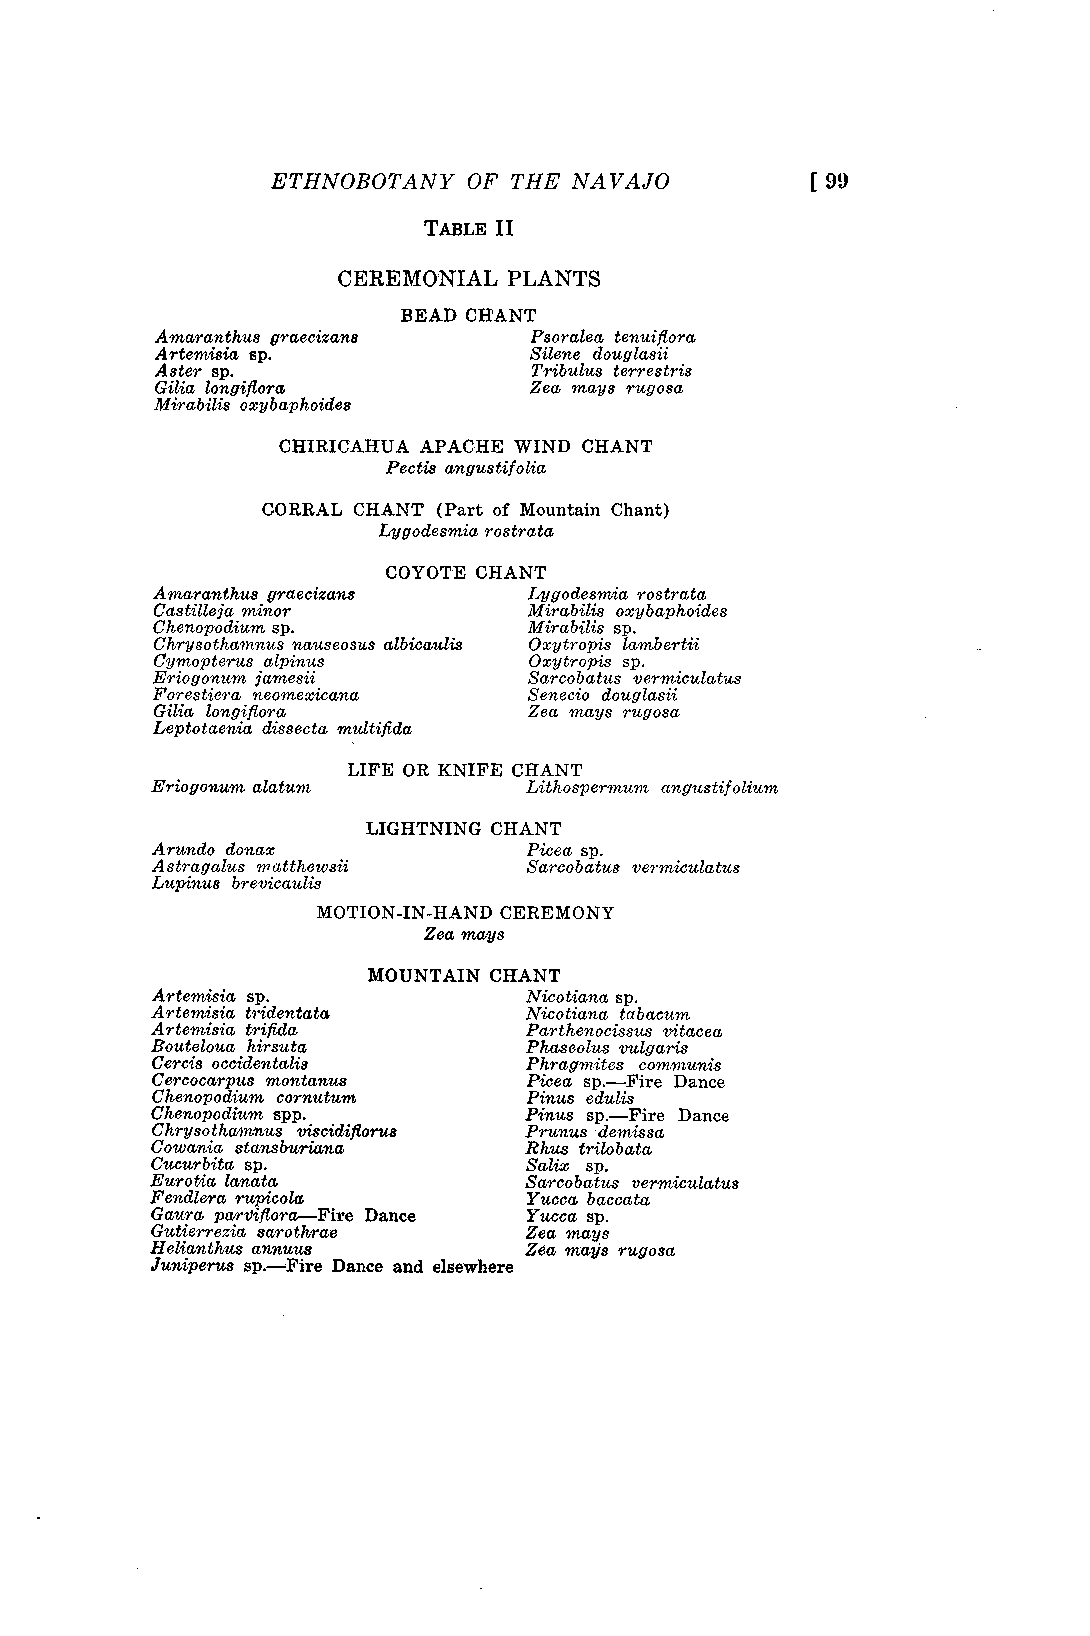
ETHNOBOTANY  OF THE NAVAJO          [ 99
 TABLE II
 CEREMONIAL  PLANTS
 BEAD CHANT
 Amaranthus graecizans    Psoralea tenuiflora
 Artemisia S.             Silens douglasii
 Aster sp.                Tribulus terres tris
 Gilia longifiora         Zea mays rugosa
 Mirabilis oxybaphoides
 CHIRICAHUA APACHE WIND CHANT
 Pectis angustifolia
 CORRAL CHANT (Part of Mountain Chant)
 Lygodesmia rostrata
 COYOTE CHANT
 Amaranth,us graecizans   Lygodesmia rostrata
 Castilleja minor         Mirabilis oxybaphoides
 Chenopodium sp.          Mirabilis sp.
 Chrysothamnus nauseosus albicau,lis Oxytropis lambertii
 Cymopterus alpinus       Oxytropis sp.
 Eriogonum jamesii        Sarcobatus vermiculatus
 Fores tiera neomexicana  Senecio douglasii
 Gilia longiflora         Zea mays rugosa
 Leptotaenia dissecta multifida
 LIFE OR KNIFE CHANT
 Eriogonum alatum         Lithospermum angustifolium
 LIGHTNING CHANT
 Arundo donax             Picea sp.
 A strag alus rn atth,e wsii Sarcobatus vermicula tus
 Lupinus brevicaulis
 MOTION-IN-HAND CEREMONY
 Zea mays
 MOUNTAIN CHANT
 Artemisia sp.            Nicotiana sp.
 Artemisia tridentata     Ni,cotiana tabacum
 Artemisia trifida        Part henocissus vitacea
 Boute loua hirsuta       Ph,aseolus vulgaris
 Cercis occidentalis      Phragmites communis
 Cercocarpus montanus     Picea sp.—Fire Dance
 Chenopodium cornutum     Pinus edulis
 Chenopodium spp.         Pinus sp.—Fire Dance
 Chrysothamnus viscidiflorus Prunus demissa
 Cowania stansburiana     Rhus trilobata
 Cucurbita sp.            Salix sp.
 Eurotia lanata           Sarcobatus vermiculatus
 Fendlera rupicola        Yucca baccata
 Gaura parviflora—Fire Dance Yucca sp.
 Gutierrezia sarothrae    Zea mays
 Helianthus annuus        Zea mays rugosa
 Juniperus sp.—Fire Dance and elsewhere